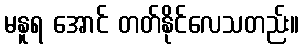
မနူရ အောင် တတ်နိုင်လေသတည်း။